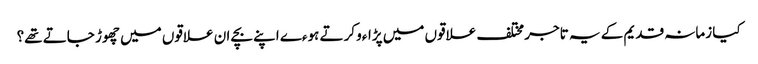
کیا زمانہ قدیم کے یہ تاجر مختلف علاقوں میں پڑاءو کرتے ہوءے اپنے بچے ان علاقوں میں چھوڑ جاتے تھے؟